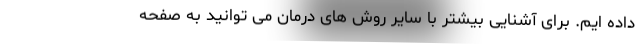
داده ایم. برای آشنایی بیشتر با سایر روش های درمان می توانید به صفحه